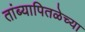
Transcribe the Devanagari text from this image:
तांब्यापितळेच्या